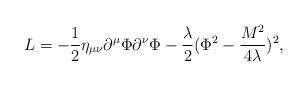
LaTeX: \begin{align*}L=-\frac{1}{2}\eta_{\mu\nu}\partial^{\mu}\Phi \partial^{\nu}\Phi-\frac{\lambda}{2}(\Phi^{2}-\frac{M^2}{4\lambda})^2,\end{align*}